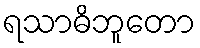
ရသာဓိဘူတော